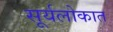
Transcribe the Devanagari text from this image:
सूर्यलोकात